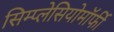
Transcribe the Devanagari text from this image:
सिम्प्लेसियोमॉर्फी